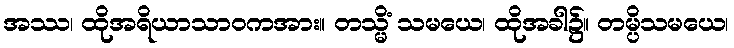
အဿ၊ ထိုအရိယာသာဝကအား။ တသ္မိံ သမယေ၊ ထိုအခါ၌။ တမ္ပိသမယေ၊